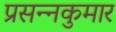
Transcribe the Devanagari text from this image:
प्रसन्‍नकुमार